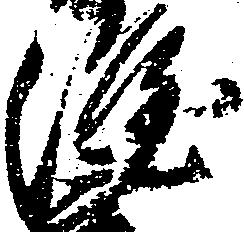
隆